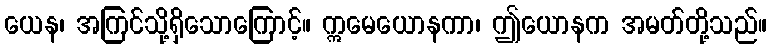
ယေန၊ အကြင်သို့ရှိသောကြောင့်။ ဣမေယောနကာ၊ ဤယောနက အမတ်တို့သည်။